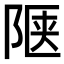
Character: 𬯅